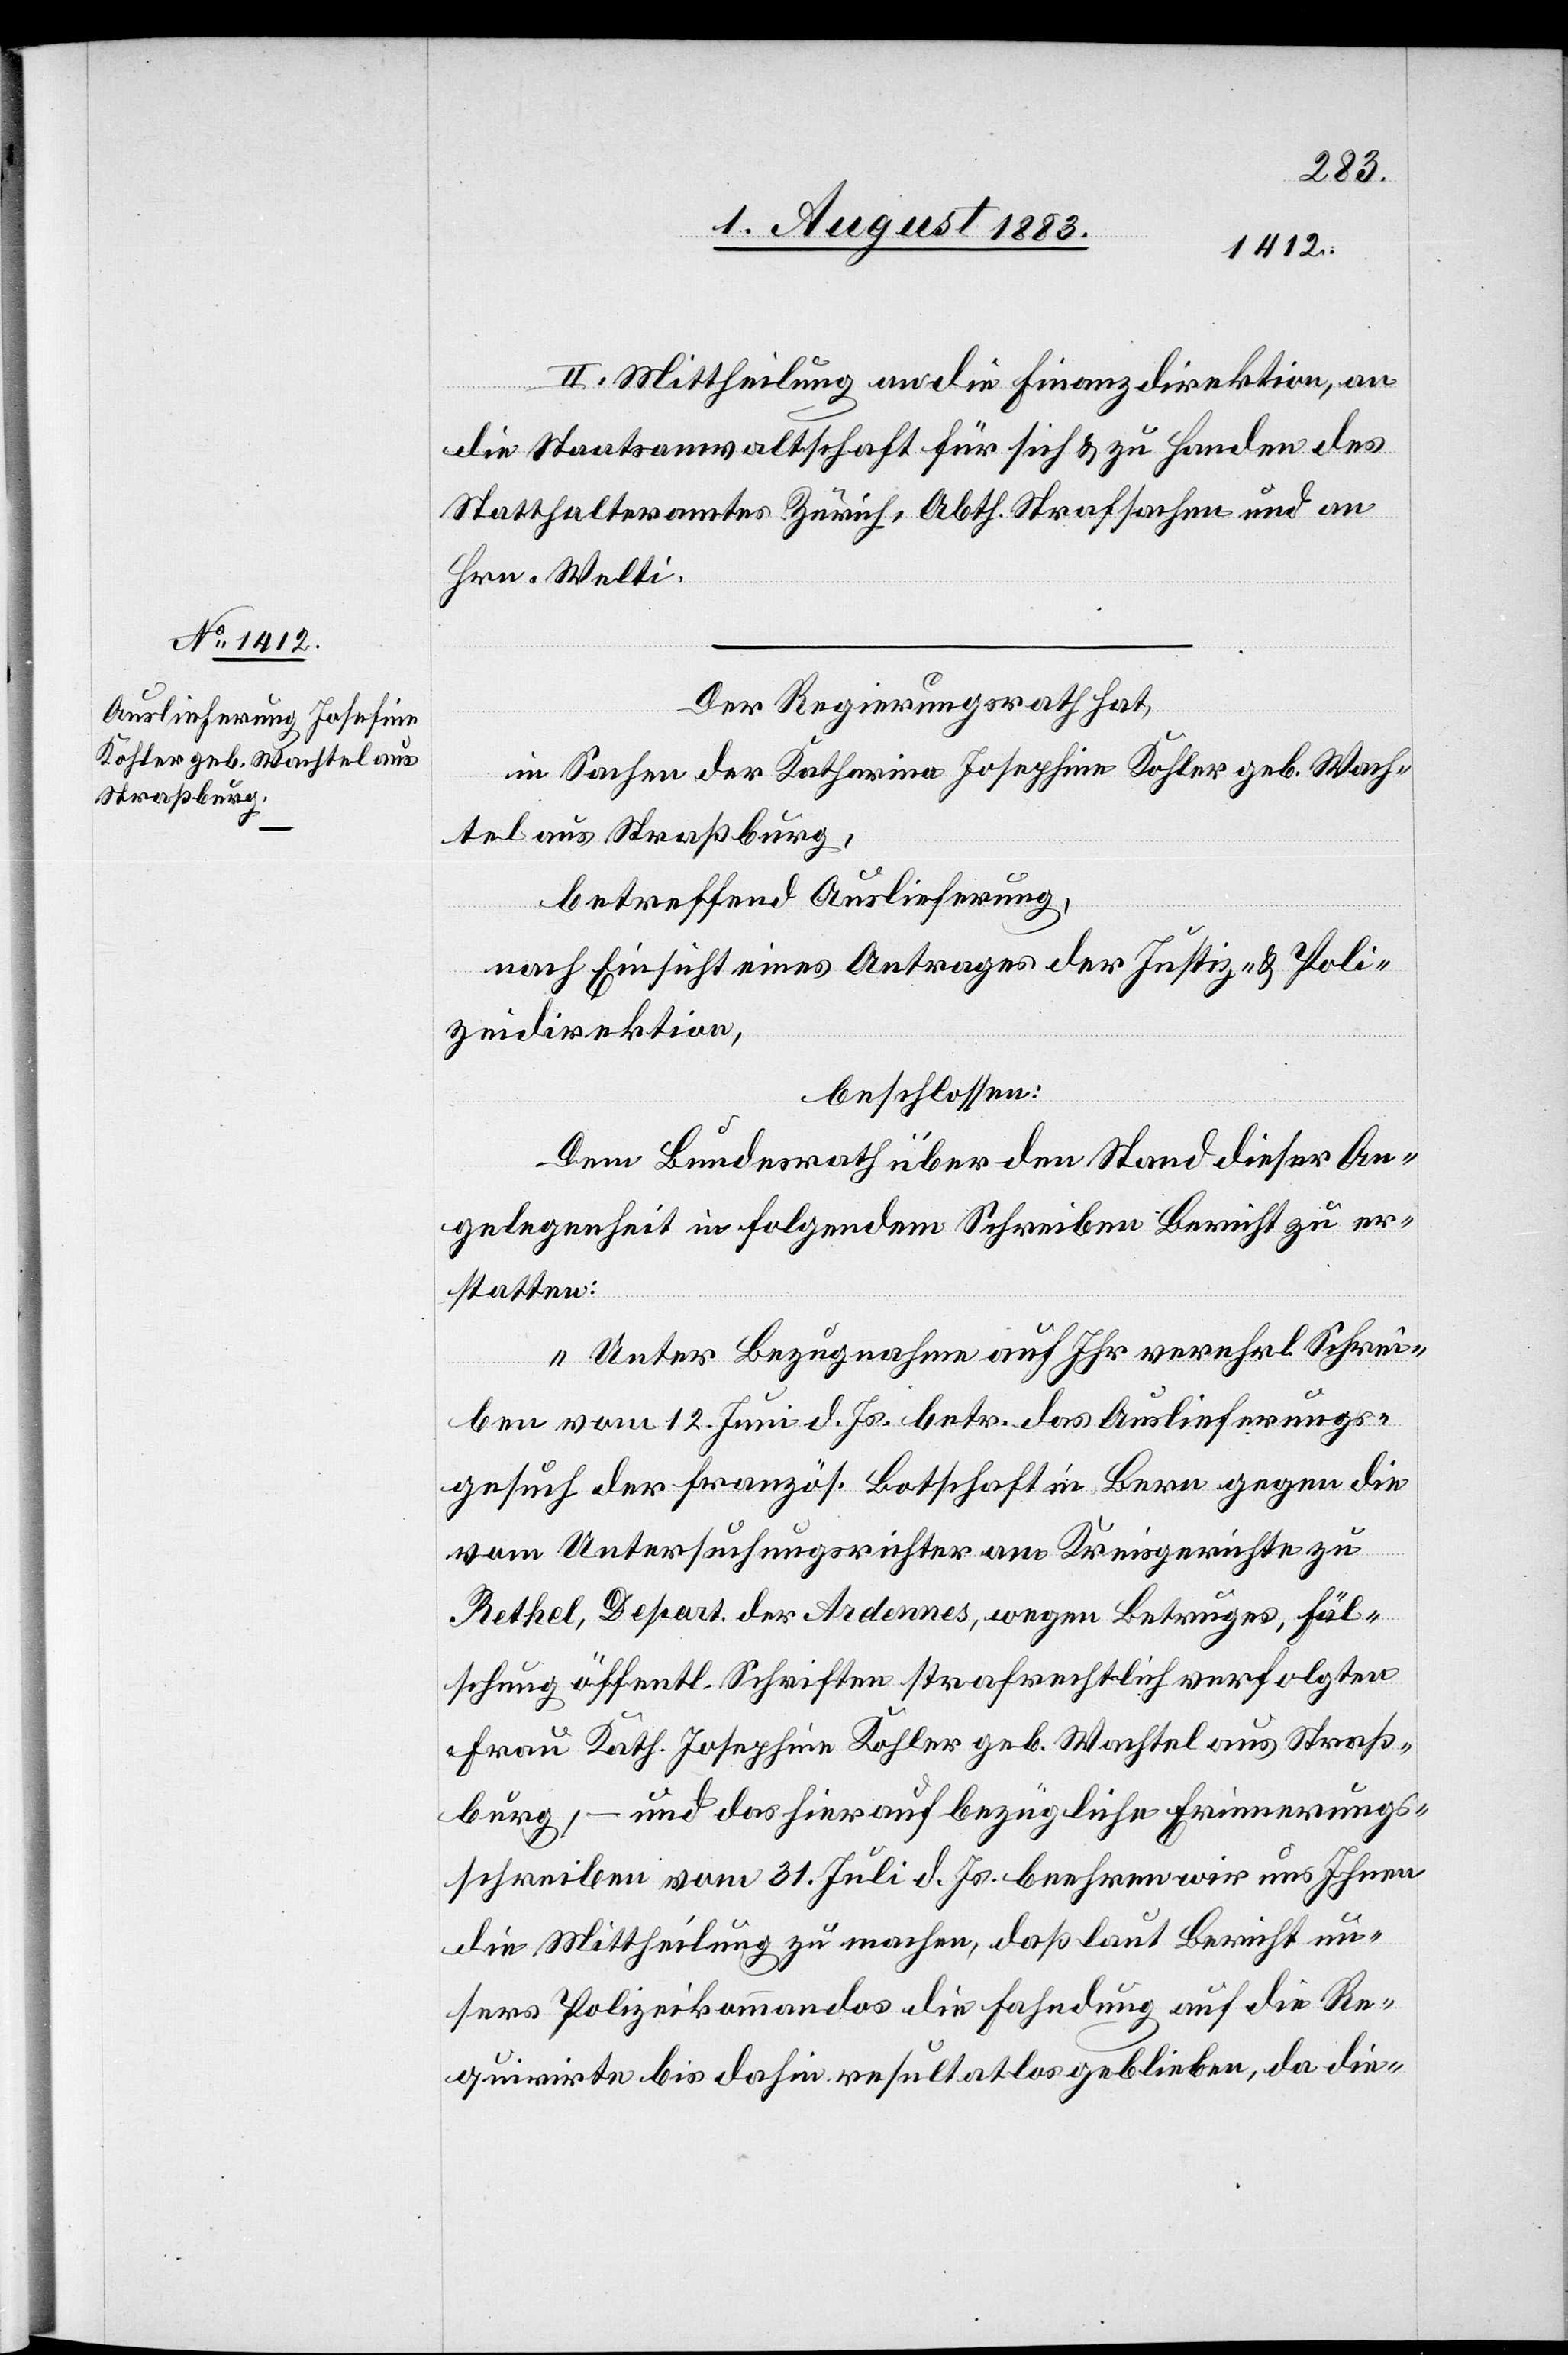
6. August 1883.]
II. Mittheilung an die Finanzdirektion, an
die Staatsanwaltschaft für sich & zu Handen des
Statthalteramtes Zürich, Abth. Strafsachen und an
Hrn. Welti.
Der Regierungsrath hat,
in Sachen der Katharina Josephine [sic!] Kohler geb. Wach¬
tel aus Straßburg,
betreffend Auslieferung,
nach Einsicht eines Antrages der Justiz- & Poli¬
zeidirektion,
beschlossen:
Dem Bundesrath über den Stand dieser An¬
gelegenheit in folgendem Schreiben Bericht zu er¬
statten:
„Unter Bezugnahme auf Ihr verehrl. Schrei¬
ben vom 12. Juni d. Js. betr. das Auslieferungs¬
gesuch der französ. Botschaft in Bern gegen die
vom Untersuchungsrichter am Kreisgerichte zu
Rethel, Depart. der Ardennes, wegen Betruges, Fäl¬
schung öffentl. Schriften strafrechtlich verfolgten
Frau Kath. Josephine Kohler geb. Wachtel aus Straß¬
burg, – und das hierauf bezügliche Erinnerungs¬
schreiben vom 31. Juli d. Js. beehren wir uns Ihnen
die Mittheilung zu machen, daß laut Bericht un¬
sers Polizeikommandos die Fahndung auf die Re¬
quirirte bis dahin resultatlos geblieben, da die-